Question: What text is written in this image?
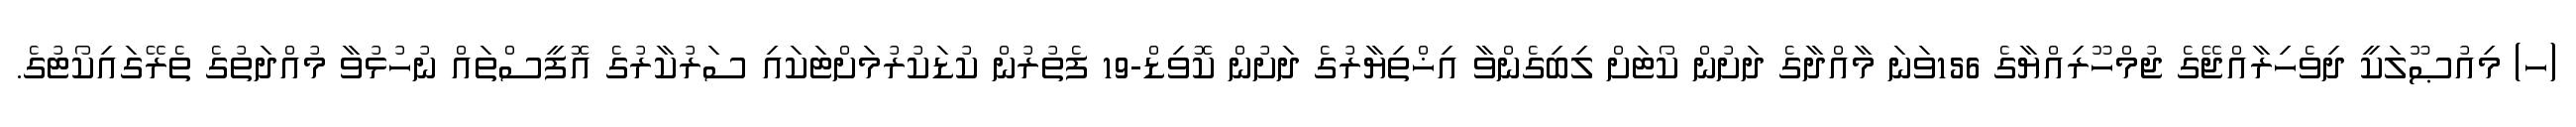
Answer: (ހ) މިއުޞޫލަކީ ދިވެހިރާއްޖޭގެ ޖުމްހޫރިއްޔާގެ 156ވަނަ މާއްދާގެ ދަށުން ކޯޓަށް ލިބިގެންވާ އިޚްތިޔާރުގެ ދަށުން ކޮވިޑް-19 ފެތުރުން ކުޑަކުރުމަށްޓަކައި ސަރުކާރުގެ އޮފީސްތައް ނުހުޅުވާ މުއްދަތުގެ ތެރޭގައިކޯޓުގެ.